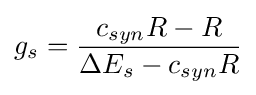
g_{s}={\dfrac {c_{syn}R-R}{\Delta E_{s}-c_{syn}R}}